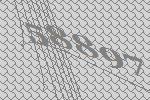
58897